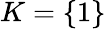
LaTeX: K=\{ 1\}